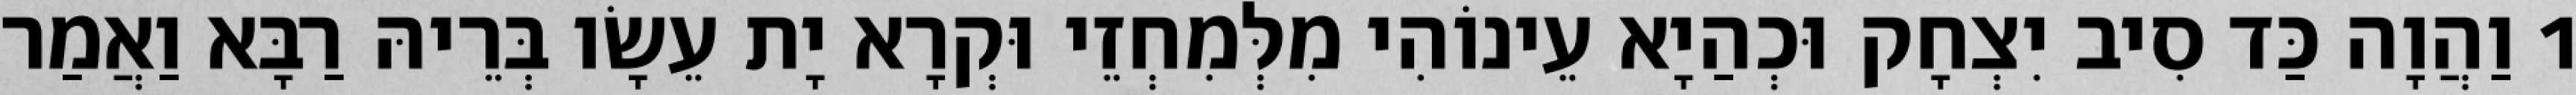
1 וַהֲוָה כַּד סִיב יִצְחָק וּכְהַיָא עֵינוֹהִי מִלְּמִחְזֵי וּקְרָא יָת עֵשָׂו בְּרֵיהּ רַבָּא וַאֲמַר